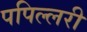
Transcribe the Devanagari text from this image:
पपिल्लरी